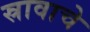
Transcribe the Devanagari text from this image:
स्रावाचे